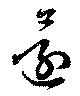
還